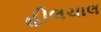
હીલચાલ